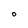
Character: O